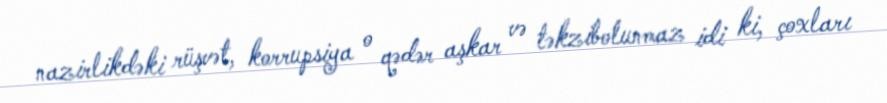
nazirlikdəki rüşvət, korrupsiya o qədər aşkar və təkzibolunmaz idi ki, çoxları